Document type: Emphyteutic lease
Year: 1276
Scribe: Pere de Roca
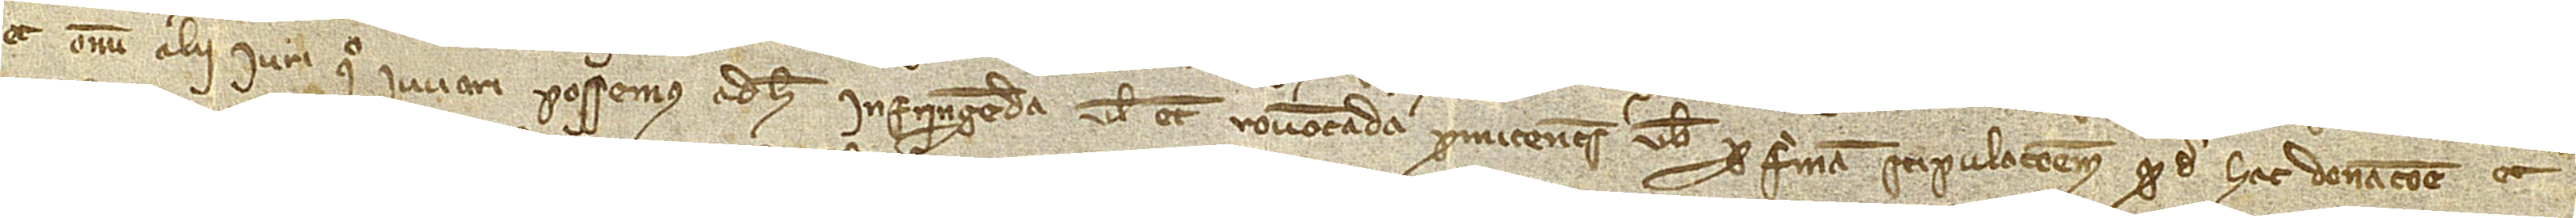
/ et omni alii iuri quo iuvari possemus ad hec infringenda vel etiam revocanda. Promitentes vobis per firmam stipulacionem quod de hac donacione et